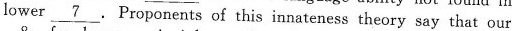
lower \underline{7}.Proponents of this innateness theory say that our